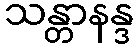
သန္တာနန္ဒ